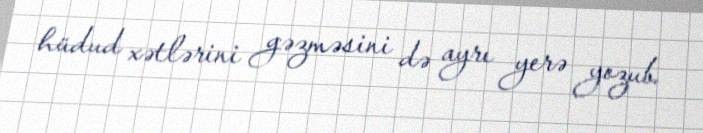
hüdud xətlərini gəzməsini də ayrı yerə yozub.